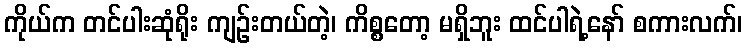
ကိုယ်က တင်ပါးဆုံရိုး ကျဉ်းတယ်တဲ့၊ ကိစ္စတော့ မရှိဘူး ထင်ပါရဲ့နော် စကားလက်၊